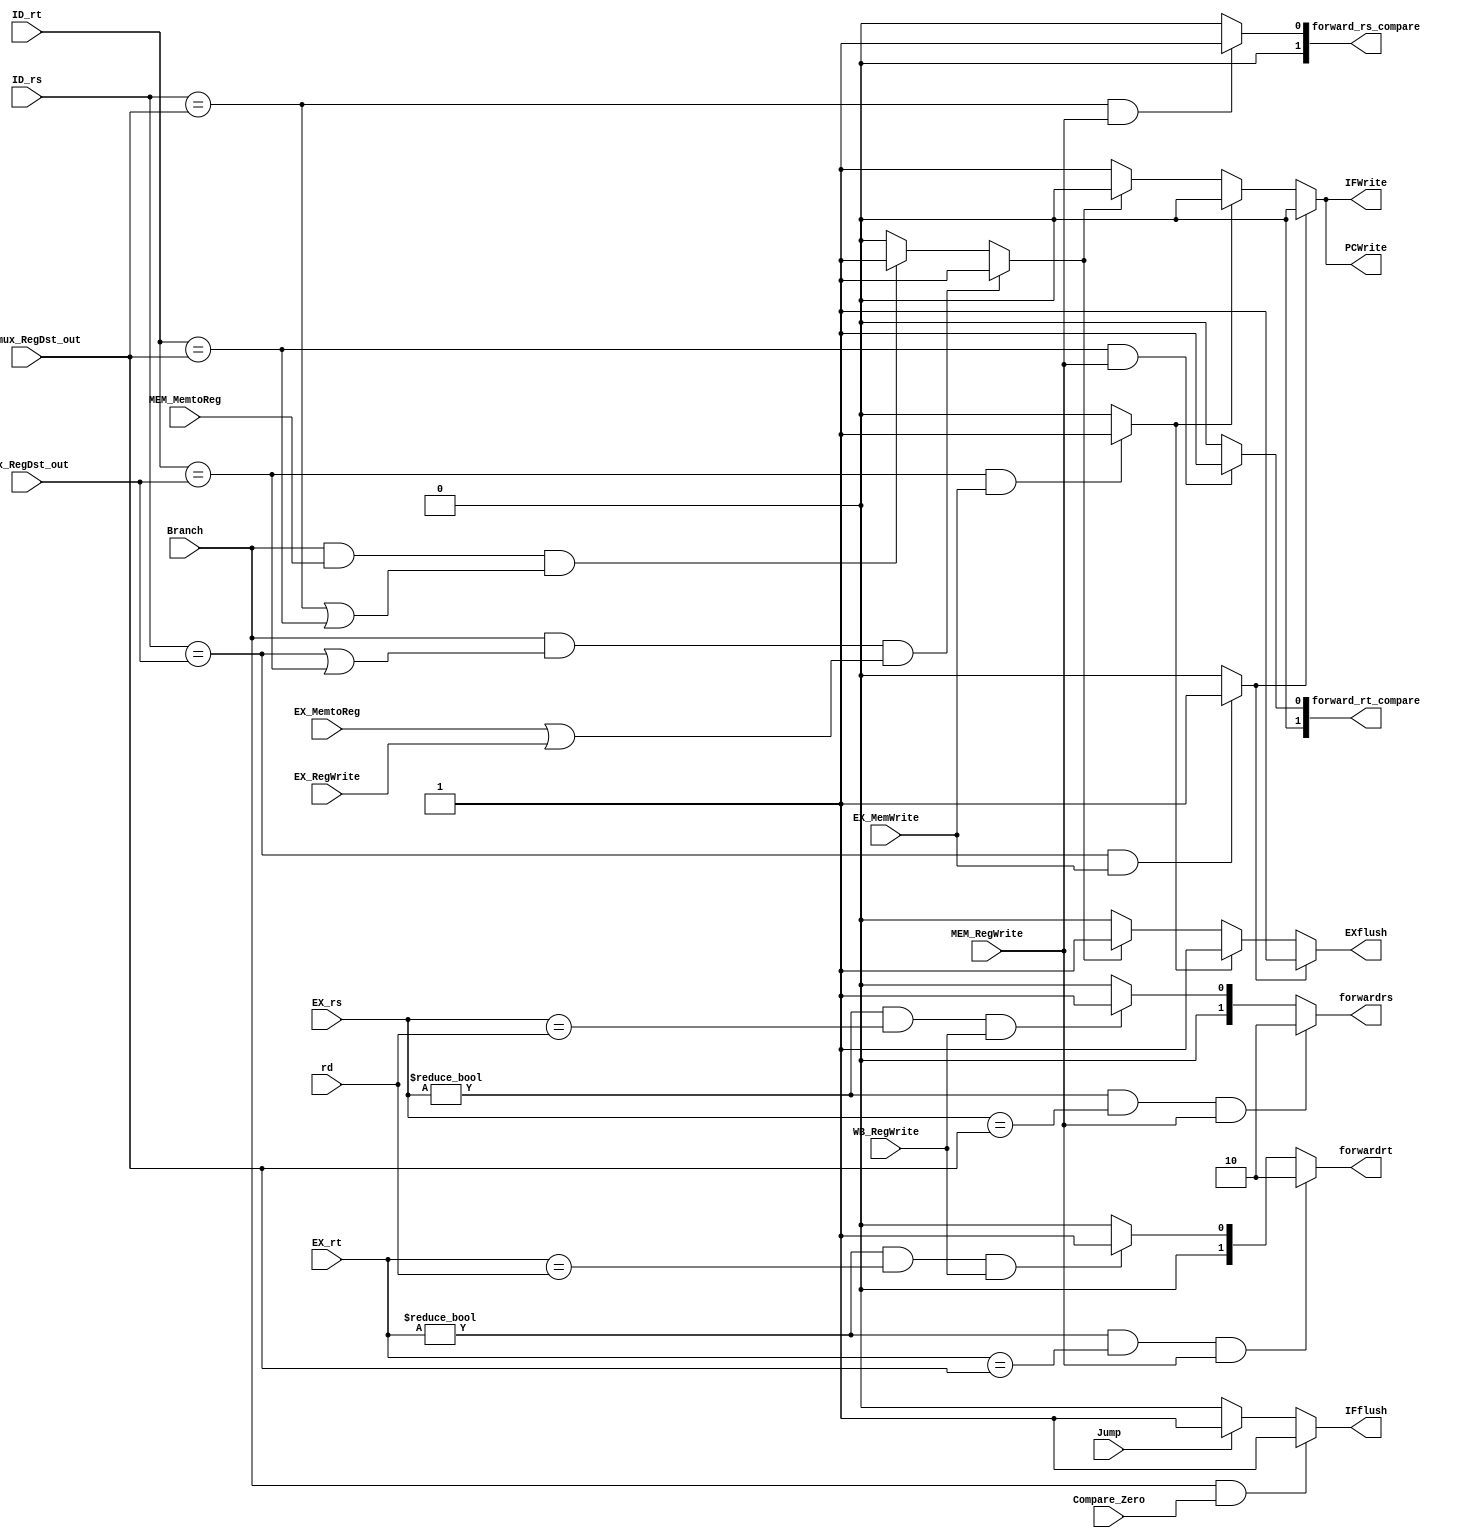
module Hazard_and_Forward(MEM_RegWrite, WB_RegWrite, MEM_MemtoReg, Compare_Zero,
    MEM_mux_RegDst_out, rd, EX_rs, EX_rt, ID_rs,ID_rt,mux_RegDst_out,
    forwardrs,forwardrt,PCWrite,EXflush,IFWrite,
    Jump,Branch,EX_RegWrite,EX_MemtoReg,EX_MemWrite,
    forward_rs_compare,forward_rt_compare,IFflush);

    //data hazard
    input MEM_RegWrite;
    input MEM_MemtoReg;
    input WB_RegWrite;
    input Compare_Zero;

    input [4:0] MEM_mux_RegDst_out;
    input [4:0] rd;
    
    input [4:0] EX_rs;
    input [4:0] EX_rt;
    
    input [4:0] ID_rs;
    input [4:0] ID_rt;
    input [4:0] mux_RegDst_out;

    output reg [1:0] forwardrs;
    output reg [1:0] forwardrt;

    output reg EXflush;
    output reg PCWrite;
    output reg IFWrite;

    //ctrl hazard
    input Jump;
    input Branch;
    input EX_RegWrite;
    input EX_MemtoReg;
    input EX_MemWrite;

    output reg [1:0] forward_rs_compare;             
    output reg [1:0] forward_rt_compare;
    output reg IFflush;

    reg CBD;
    reg CLDERS;
    reg CLDERT;
    reg CBDMRS;
    reg CBDMRT;

    initial
        begin
            forwardrs = 2'b00;
            forwardrt = 2'b00;
            forward_rs_compare = 2'b00;
            forward_rt_compare = 2'b00;

            EXflush = 1'b0;
            PCWrite = 1'b1;
            IFWrite = 1'b1;
            IFflush = 1'b0;
        end


    always @(*) begin   
        // data hazard
        forwardrs = 2'b00;
        forwardrt = 2'b00;
        forward_rs_compare = 2'b00;
        forward_rt_compare = 2'b00;

        EXflush = 1'b0;
        PCWrite = 1'b1;
        IFWrite = 1'b1;
        CBD = 1'b0;
        IFflush = 1'b0;


      //rs forward or not
        if((EX_rs != 0) & (EX_rs == MEM_mux_RegDst_out) & MEM_RegWrite)
            forwardrs = 2'b10;
        else if((EX_rs != 0)&(EX_rs == rd ) & WB_RegWrite)
            forwardrs = 2'b01;

      //rt......
        if((EX_rt != 0) & (EX_rt == MEM_mux_RegDst_out) & MEM_RegWrite)
            forwardrt = 2'b10;
        else if((EX_rt !=0) & (EX_rt == rd) & WB_RegWrite)
            forwardrt = 2'b01;
            
        // add_lw
        if((ID_rs == mux_RegDst_out) && EX_MemWrite)
            begin
                CLDERS = 1'b1;
            end
        else
            CLDERS=1'b0;
        if((ID_rt == mux_RegDst_out) && EX_MemWrite)
            begin
                CLDERT = 1'b1;
            end
        else
            CLDERT = 1'b0;


        CBDMRS = (ID_rs == MEM_mux_RegDst_out) & MEM_RegWrite;
        CBDMRT = (ID_rt == MEM_mux_RegDst_out) & MEM_RegWrite;
        if(CBDMRS)
            forward_rs_compare = 2'b01;
        else
            forward_rs_compare = 2'b00;
        if(CBDMRT)
            forward_rt_compare = 2'b01;
        else
            forward_rt_compare = 2'b00;

        if(Branch&(ID_rs==mux_RegDst_out|ID_rt==mux_RegDst_out)&(EX_MemtoReg|EX_RegWrite))
            CBD =1 'b1;
        else if(Branch&MEM_MemtoReg&(ID_rs==MEM_mux_RegDst_out|ID_rt==MEM_mux_RegDst_out))
            CBD = 1'b1;
        else
            CBD = 1'b0;

        if(CLDERS)
            PCWrite = 1'b0;
        else if(CLDERT)
            PCWrite = 1'b0;
        else if(CBD)
            PCWrite = 1'b0;
        else
            PCWrite = 1'b1;

        if(CLDERS)
            IFWrite=1'b0;
        else if(CLDERT)
            IFWrite=1'b0;
        else if(CBD)
            IFWrite=1'b0;
        else
            IFWrite=1'b1;

        if(Branch & Compare_Zero)
            IFflush = 1'b1;
        else if(Jump)
            IFflush = 1'b1;
        else
            IFflush = 1'b0;

        if(CLDERS)
            EXflush = 1'b1;
        else if(CLDERT)
            EXflush = 1'b1;
        else if(CBD)
            EXflush = 1'b1;
        else
            EXflush = 1'b0;
        
    end
    // initial
    // begin
    //   $display("hazardunit");
    // end
endmodule